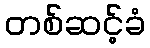
တစ်ဆင့်ခံ